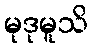
မုဒုမူသိ